Annual report on the mental hospital in the Central Provinces and Berar (Nagpur) - 1927-1951
Year: 1927
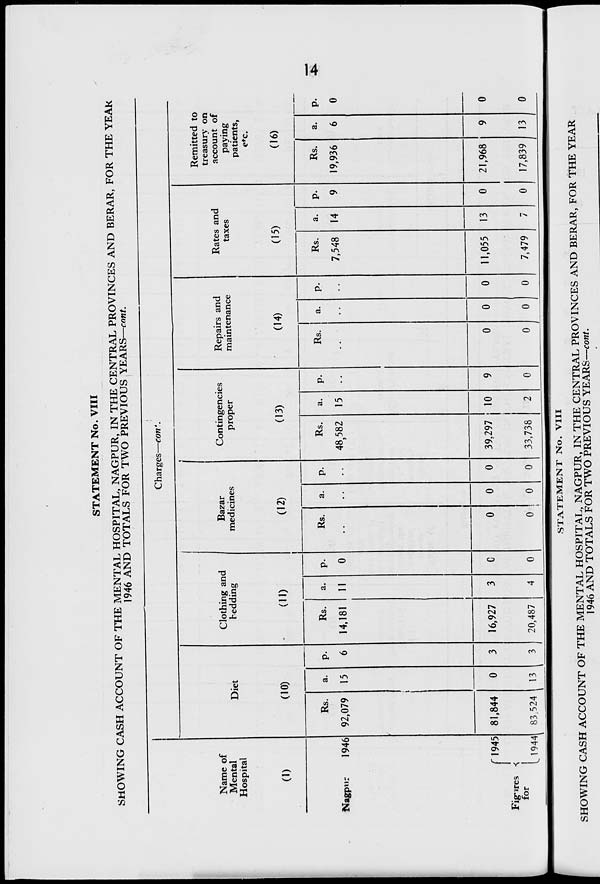
STATEMENT No. VIII
SHOWING CASH ACCOUNT OF THE MENTAL HOSPITAL, NAGPUR, IN THE CENTRAL PROVINCES AND BERAR, FOR THE YEAK
1946 AND TOTALS FOR TWO PREVIOUS YEARS—cant.
Name of
Mental
Hospital
(1)
Nagpur
1946
Charges—con'.
Diet
(10)
Rs.
92,079
a.
15
Fig-ires s
for
{
I
1945
1944
81,844
83 524
0
13
3
I
f
Clothing and
bedding
(ID
Rs.
14,181
a.
11
16,927
20,487
0
0
Bazar
medicines
(12)
Rs.
0
0
0 ! 0
0
0
Contingencies
proper
(13)
Rs.
48582
a.
15
39,297 10
33,738
0
Repairs and
maintenance
(14)
Rs.
0
0
0
0
0
0
Rates and
taxes
(15)
Rs.
7,548
a.
14
11,055
7,479
13
0
Remitted to
treasury on
account of
paying
patients,
e*c.
(16)
Rs.
19,936
21,968
17,839
13
0
0
0
STATEMENT No. VIII
■
SHOWING CASH ACCOUNT OF THE MENTAL HOSPITAL, NAGPUR, IN THE CENTRAL PROVINCES AND BERAR, FOR THE YEAR
1946 AND TOTALS FOR TWO PREVIOUS YEARS—con?.